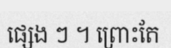
ផ្សេង ៗ ។ ព្រោះតែ